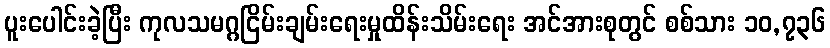
ပူးပေါင်းခဲ့ပြီး ကုလသမဂ္ဂငြိမ်းချမ်းရေးမှုထိန်းသိမ်းရေး အင်အားစုတွင် စစ်သား ၁၀,၇၃၆